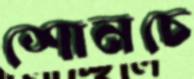
শোনচে